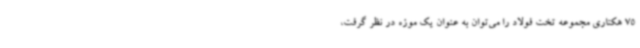
75 هکتاری مجموعه تخت فولاد را می‌توان به عنوان یک موزه در نظر گرفت،